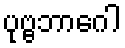
ပုဗ္ဗဘာဂေါ